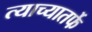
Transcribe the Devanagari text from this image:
त्याच्यातर्फे